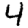
Digit: 4